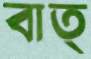
বাত্